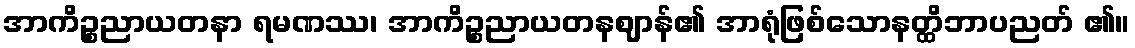
အာကိဉ္စညာယတနာ ရမဏဿ၊ အာကိဉ္စညာယတနဈာန်၏ အာရုံဖြစ်သောနတ္ထိဘာပညတ် ၏။